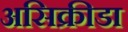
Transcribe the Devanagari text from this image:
असिक्रीडा